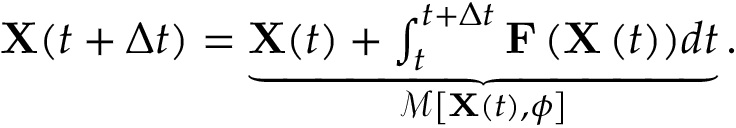
\begin{array} { r } { \mathbf { X } ( t + \Delta t ) = \underbrace { \mathbf { X } ( t ) + \int _ { t } ^ { t + \Delta t } { \mathbf { F } \left( \mathbf { X } \left( t \right) \right) } d t } _ { \mathcal { M } \left[ \mathbf { X } ( t ) , \phi \right] } . } \end{array}